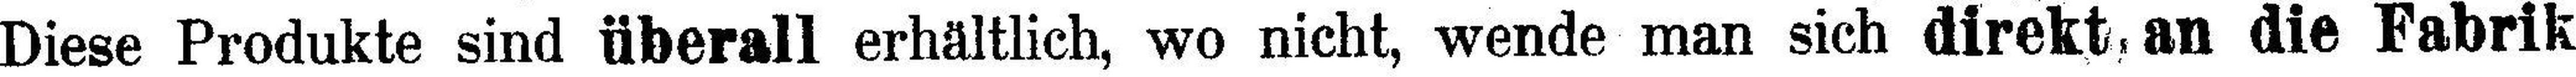
Diese Produkte sind überall erhältlich, wo nicht, wende man sich direkt, an die Fabrik